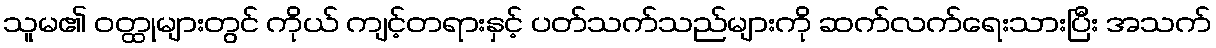
သူမ၏ ဝတ္ထုများတွင် ကိုယ် ကျင့်တရားနှင့် ပတ်သက်သည်များကို ဆက်လက်ရေးသားပြီး အသက်